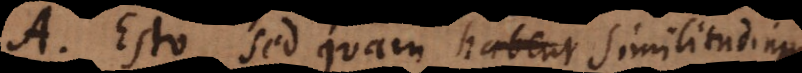
A. Esto, sed quam similitudinem